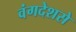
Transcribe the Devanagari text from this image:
वंगदेशसे